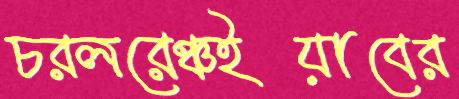
চরলরেঞ্চইয়াবের